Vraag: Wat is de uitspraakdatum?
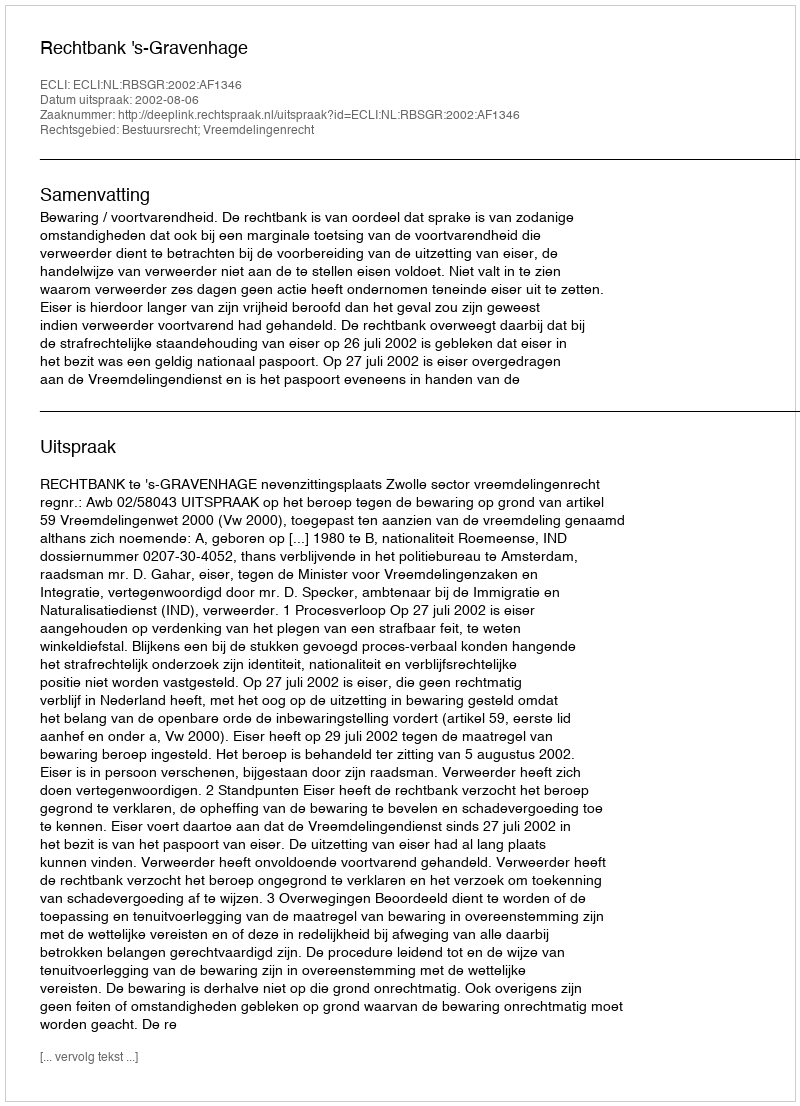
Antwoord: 2002-08-06